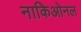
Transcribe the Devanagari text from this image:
नाकिओनल